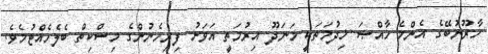
ހާރޫނުބޭގެ އެންމެ ޚާއްޞަ ޚިދުމަތަކީ މަނަދޫ އިރުމަތީ އަވަށު ފިރިހެނުންގެ މިސްކިތް ބެލެހެއްޓުމެވެ.